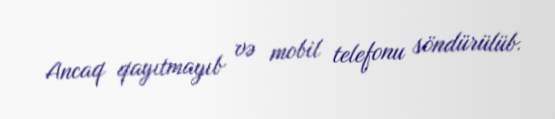
Ancaq qayıtmayıb və mobil telefonu söndürülüb.